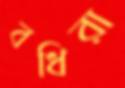
বধিরা